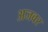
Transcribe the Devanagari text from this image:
अजवर